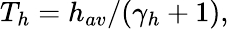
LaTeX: T_{h}=h_{av}/(\gamma_{h}+1),